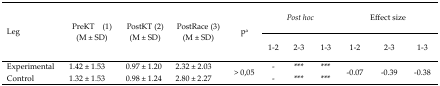
<table><thead><tr><td rowspan="3"><b>Leg</b></td><td rowspan="3"><b>PreKT (1) (M ± SD)</b></td><td rowspan="3"><b>PostKT (2) (M ± SD)</b></td><td rowspan="3"><b>PostRace (3) (M ± SD)</b></td><td rowspan="3"><b>p<sup>a</sup></b></td><td colspan="3"><b><i>Post hoc</i></b></td><td colspan="3"><b>Effect size</b></td></tr><tr><td><b>1–2</b></td><td><b>2–3</b></td><td><b>1–3</b></td><td><b>1–2</b></td><td><b>2–3</b></td><td><b>1–3</b></td></tr></thead><tbody><tr><td>Experimental</td><td>1.42 ± 1.53</td><td>0.97 ± 1.20</td><td>2.32 ± 2.03</td><td rowspan="2">&gt; 0,05</td><td>-</td><td>***</td><td>***</td><td rowspan="2">−0.07</td><td rowspan="2">−0.39</td><td rowspan="2">−0.38</td></tr><tr><td>Control</td><td>1.32 ± 1.53</td><td>0.98 ± 1.24</td><td>2.80 ± 2.27</td><td>-</td><td>***</td><td>***</td></tr></tbody></table>